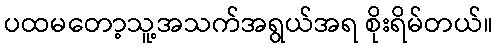
ပထမတော့သူ့အသက်အရွယ်အရ စိုးရိမ်တယ်။